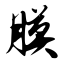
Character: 膜